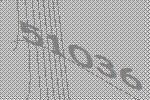
51036